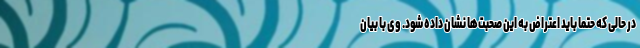
در حالی که حتما باید اعتراض به این صحبت‌ها نشان داده شود. وی با بیان